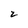
Character: 2